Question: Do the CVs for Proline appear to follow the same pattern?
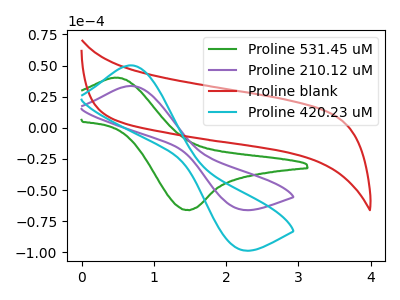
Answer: <think>The green curve "Proline 531.45 uM" has an anodic peak at (0.50V, 40.30uA) and a cathodic peak at (1.45V, -66.05uA). The purple curve "Proline 210.12 uM" has an anodic peak at (0.70V, 33.65uA) and a cathodic peak at (2.15V, -64.95uA). The red curve "Proline blank" has no peaks. The cyan curve "Proline 420.23 uM" has an anodic peak at (0.70V, 50.20uA) and a cathodic peak at (2.15V, -96.90uA).
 "Proline 531.45 uM" and "Proline 210.12 uM" have at least one peak that do not match. "Proline 531.45 uM" and "Proline blank" have a different number of peaks. "Proline 531.45 uM" and "Proline 420.23 uM" have at least one peak that do not match. "Proline 210.12 uM" and "Proline blank" have a different number of peaks. All the peaks in "Proline 210.12 uM" have a peak in "Proline 420.23 uM" at the same potential. Every peak in "Proline 210.12 uM" is lower than every peak in "Proline 420.23 uM". "Proline blank" and "Proline 420.23 uM" have a different number of peaks.</think>
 <answer>All the CV's of "Proline" have similar shape.</answer>
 <eval>follow_rule</eval>